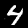
Label: 4